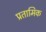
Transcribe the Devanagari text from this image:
प्रतामिक